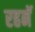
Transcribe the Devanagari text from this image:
रहनॅ